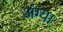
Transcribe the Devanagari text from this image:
अंग्या